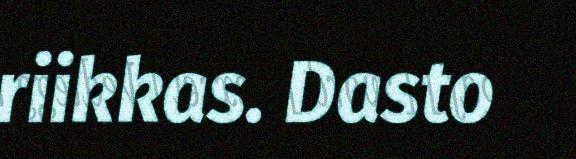
riikkas. Dasto